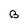
Character: B